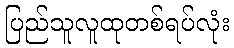
ပြည်သူလူထုတစ်ရပ်လုံး